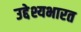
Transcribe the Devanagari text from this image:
उद्देश्यभारत